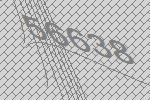
56638